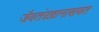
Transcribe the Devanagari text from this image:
जैवतंत्रज्ञानाबाबत